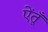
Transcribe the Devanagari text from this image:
ऐंतूँ